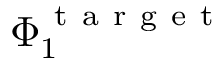
\Phi _ { 1 } ^ { \mathrm { ~ t ~ a ~ r ~ g ~ e ~ t ~ } }